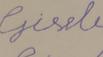
Signature authenticity: forged